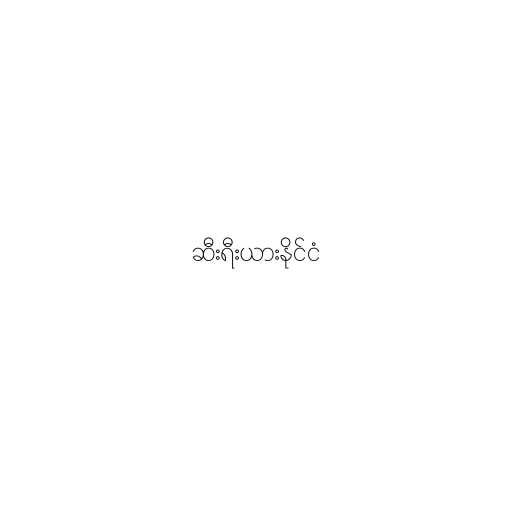
ဆီးရီးယားနိုင်ငံ